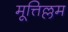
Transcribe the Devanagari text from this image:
मूत्तिल्लम